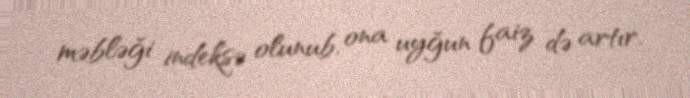
məbləği indeksə olunub, ona uyğun faiz də artır.